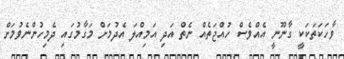
ވާހަކަތަކަކީ ގާނޫނީ އެއްވެސް ހުއްޖަތެއް ނެތް އަދި އަމިއްލަ އެދުމަށް މަގާމުގައި ދެމިހުންނެވުމަށް